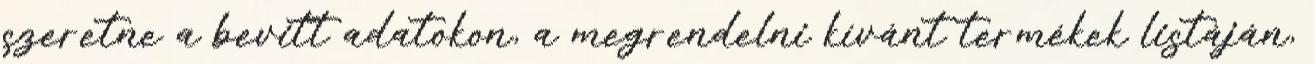
szeretne a bevitt adatokon, a megrendelni kívánt termékek listáján,